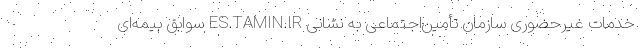
خدمات غیرحضوری سازمان تأمین‌اجتماعی به نشانی ES.TAMIN.IR سوابق بیمه‌ای